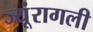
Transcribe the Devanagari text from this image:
ज्यूंरागली